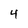
Character: 4